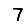
Digit: 7